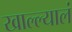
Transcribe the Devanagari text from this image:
खाल्ल्यालं